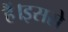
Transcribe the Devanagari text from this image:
हैं।इससे